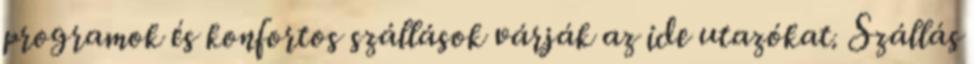
programok és konfortos szállások várják az ide utazókat. Szállás